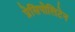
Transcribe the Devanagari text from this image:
प्रेसिपोलिटेन